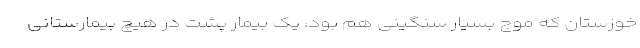
خوزستان که موج بسیار سنگینی هم بود، یک بیمار پشت در هیچ بیمارستانی